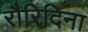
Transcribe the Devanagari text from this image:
रौरिदिना